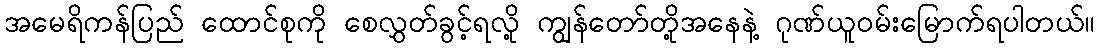
အမေရိကန်ပြည် ထောင်စုကို စေလွှတ်ခွင့်ရလို့ ကျွန်တော်တို့အနေနဲ့ ဂုဏ်ယူဝမ်းမြောက်ရပါတယ်။